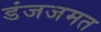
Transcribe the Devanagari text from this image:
डंजजमत